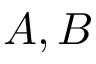
A , B